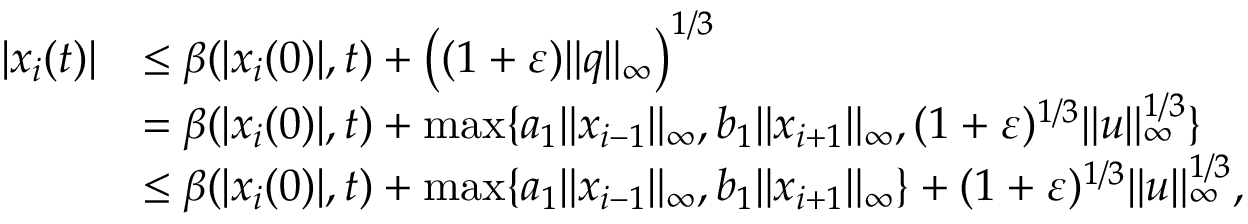
\begin{array} { r l } { | x _ { i } ( t ) | } & { \leq \beta ( | x _ { i } ( 0 ) | , t ) + \big ( ( 1 + \varepsilon ) \| q \| _ { \infty } \big ) ^ { 1 / 3 } } \\ & { = \beta ( | x _ { i } ( 0 ) | , t ) + \operatorname* { m a x } \{ a _ { 1 } \| x _ { i - 1 } \| _ { \infty } , b _ { 1 } \| x _ { i + 1 } \| _ { \infty } , ( 1 + \varepsilon ) ^ { 1 / 3 } \| u \| _ { \infty } ^ { 1 / 3 } \} } \\ & { \leq \beta ( | x _ { i } ( 0 ) | , t ) + \operatorname* { m a x } \{ a _ { 1 } \| x _ { i - 1 } \| _ { \infty } , b _ { 1 } \| x _ { i + 1 } \| _ { \infty } \} + ( 1 + \varepsilon ) ^ { 1 / 3 } \| u \| _ { \infty } ^ { 1 / 3 } , } \end{array}